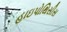
હાઇપોથિસીસ